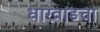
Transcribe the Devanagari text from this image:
धारवाडचा